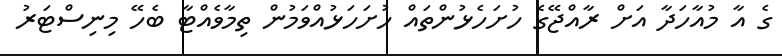
ގެ އާ މުއާހަދާ އަށް ރާއްޖޭގެ ހުށަހެޅުންތައް ހުށަހަޅުއްވަމުން ތިމާވެއްޓާ ބެހޭ މިނިސްޓަރު